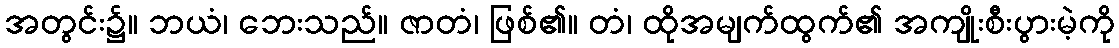
အတွင်း၌။ ဘယံ၊ ဘေးသည်။ ဇာတံ၊ ဖြစ်၏။ တံ၊ ထိုအမျက်ထွက်၏ အကျိုးစီးပွားမဲ့ကို